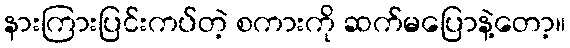
နားကြားပြင်းကပ်တဲ့ စကားကို ဆက်မပြောနဲ့တော့။